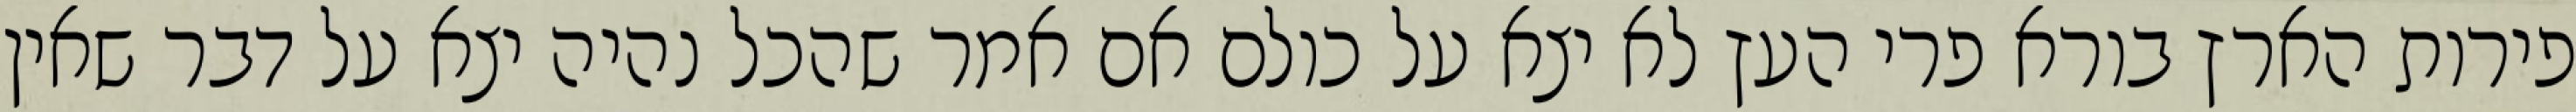
פירות הארץ בורא פרי העץ לא יצא על כולם אם אמר שהכל נהיה יצא על דבר שאין